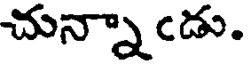
చున్నాఁడు.